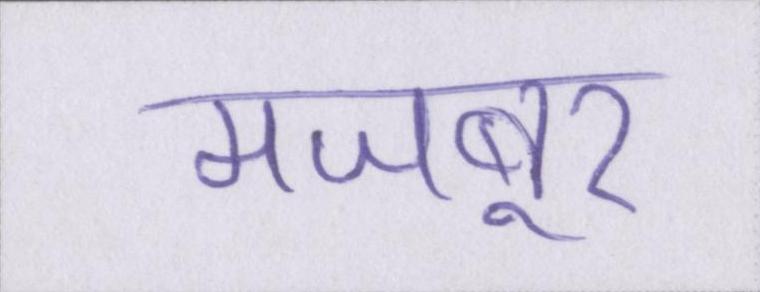
मजबूर